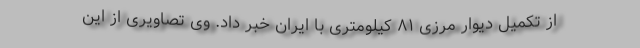
از تکمیل دیوار مرزی ۸۱ کیلومتری با ایران خبر داد. وی تصاویری از این